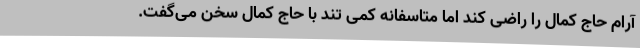
آرام حاج کمال را راضی کند اما متاسفانه کمی تند با حاج کمال سخن می‌گفت.